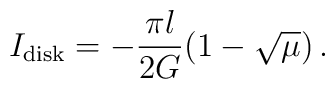
I_{\mathrm{disk}}=-\frac{\pi l}{2G}(1-\sqrt{\mu})\,.